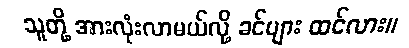
သူတို့ အားလုံးလာမယ်လို့ ခင်ဗျား ထင်လား။